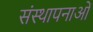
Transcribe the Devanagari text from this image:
संस्‍थापनाओं